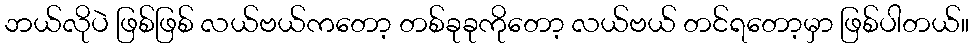
ဘယ်လိုပဲ ဖြစ်ဖြစ် လယ်ဗယ်ကတော့ တစ်ခုခုကိုတော့ လယ်ဗယ် တင်ရတော့မှာ ဖြစ်ပါတယ်။